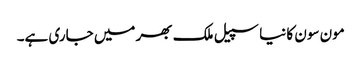
مون سون کا نیا سپیل ملک بھر میں جاری ہے۔